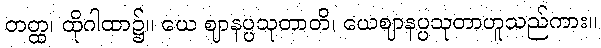
တတ္ထ၊ ထိုဂါထာ၌။ ယေ ဈာနပ္ပသုတာတိ၊ ယေဈာနပ္ပသုတာဟူသည်ကား။